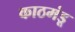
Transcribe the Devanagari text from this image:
काठमंडू